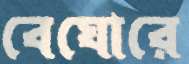
বেঘোরে